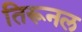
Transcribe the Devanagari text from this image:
तिरूनल